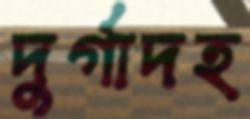
দুর্গাদহ